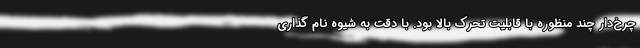
چرخ‌دار چند منظوره با قابلیت تحرک بالا بود. با دقت به شیوه نام گذاری